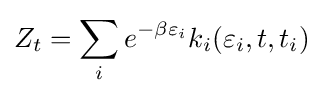
Z_{t}=\sum _{i}e^{-\beta \varepsilon _{i}}k_{i}(\varepsilon _{i},t,t_{i})